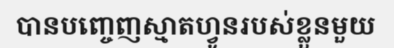
បានបញ្ចេញស្មាតហ្វូនរបស់ខ្លួនមួយ